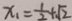
x _ { 1 } = \frac { 1 } { 2 } + \sqrt { 2 }